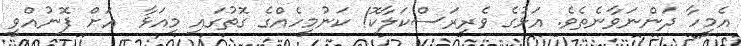
އެމީހާ ދަންނަވާނެތެވެ. އަޅުގެ ވެރިރަސްކަލާކޮ! ކަނުމީހެއްގެ ގޮތުގައި މިއަޅާ  އަށް ފޮނުއްވީ